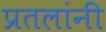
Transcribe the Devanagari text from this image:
प्रतलांनी